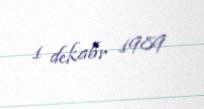
1 dekabr 1989